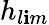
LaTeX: {h_{l\mathbf{i}m}}